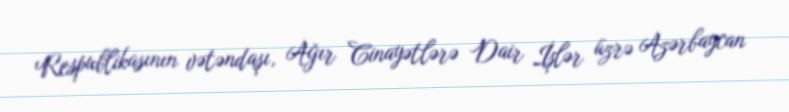
Respublikasının vətəndaşı, Ağır Cinayətlərə Dair İşlər üzrə Azərbaycan